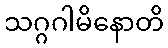
သဂ္ဂဂါမိနောတိ